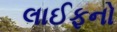
લાઈફનો